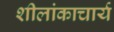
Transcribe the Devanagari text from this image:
शीलांकाचार्य